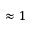
\approx 1